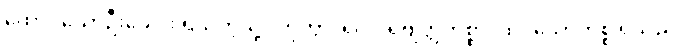
ထောင်သောဦးခေါင်း ရှိသကဲ့သို့။ ဟုတွာ၊ ၍။ ပရိဗျတ္တကိစ္စာ၊ ထင်သောကိစ္စ ရှိသည်။